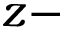
z -